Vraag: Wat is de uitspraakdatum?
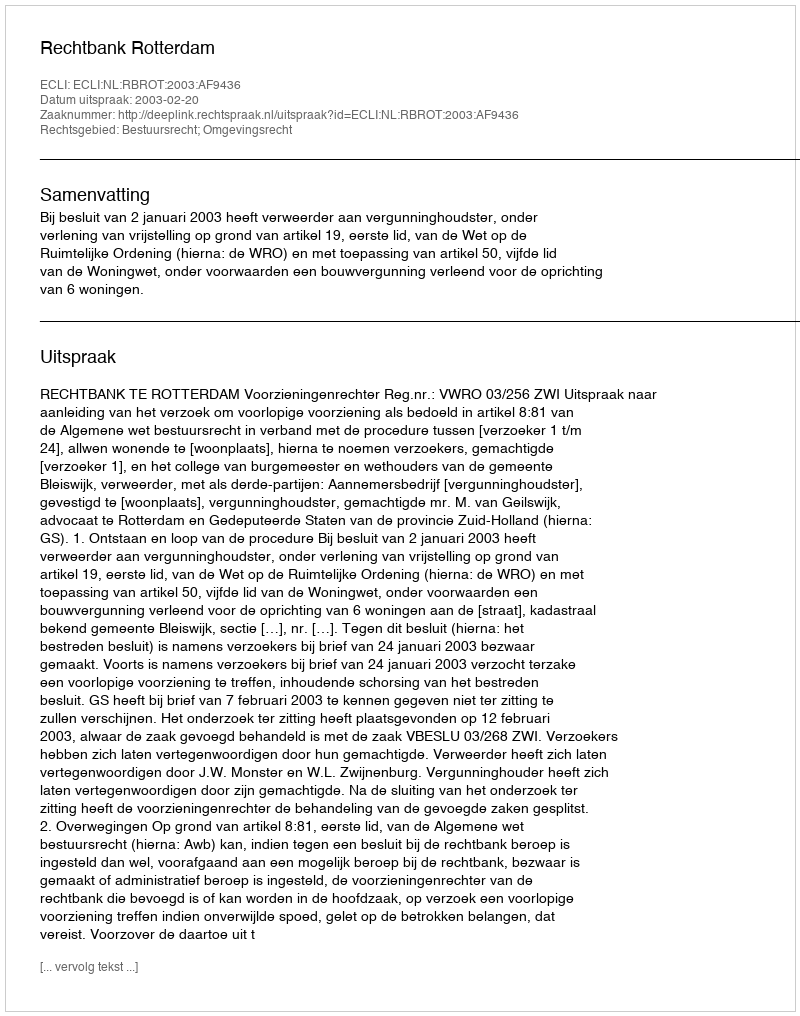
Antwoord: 2003-02-20